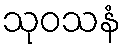
သုဝသနံ